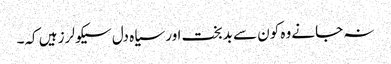
نہ جانے وہ کون سے بدبخت اور سیاہ دل سیکولرز ہیں کہ۔